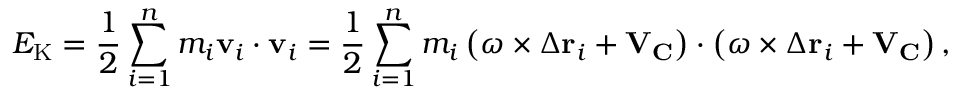
E _ { \mathrm { K } } = { \frac { 1 } { 2 } } \sum _ { i = 1 } ^ { n } m _ { i } \mathbf { v } _ { i } \cdot \mathbf { v } _ { i } = { \frac { 1 } { 2 } } \sum _ { i = 1 } ^ { n } m _ { i } \left( { \boldsymbol { \omega } } \times \Delta \mathbf { r } _ { i } + \mathbf { V } _ { \mathbf { C } } \right) \cdot \left( { \boldsymbol { \omega } } \times \Delta \mathbf { r } _ { i } + \mathbf { V } _ { \mathbf { C } } \right) ,